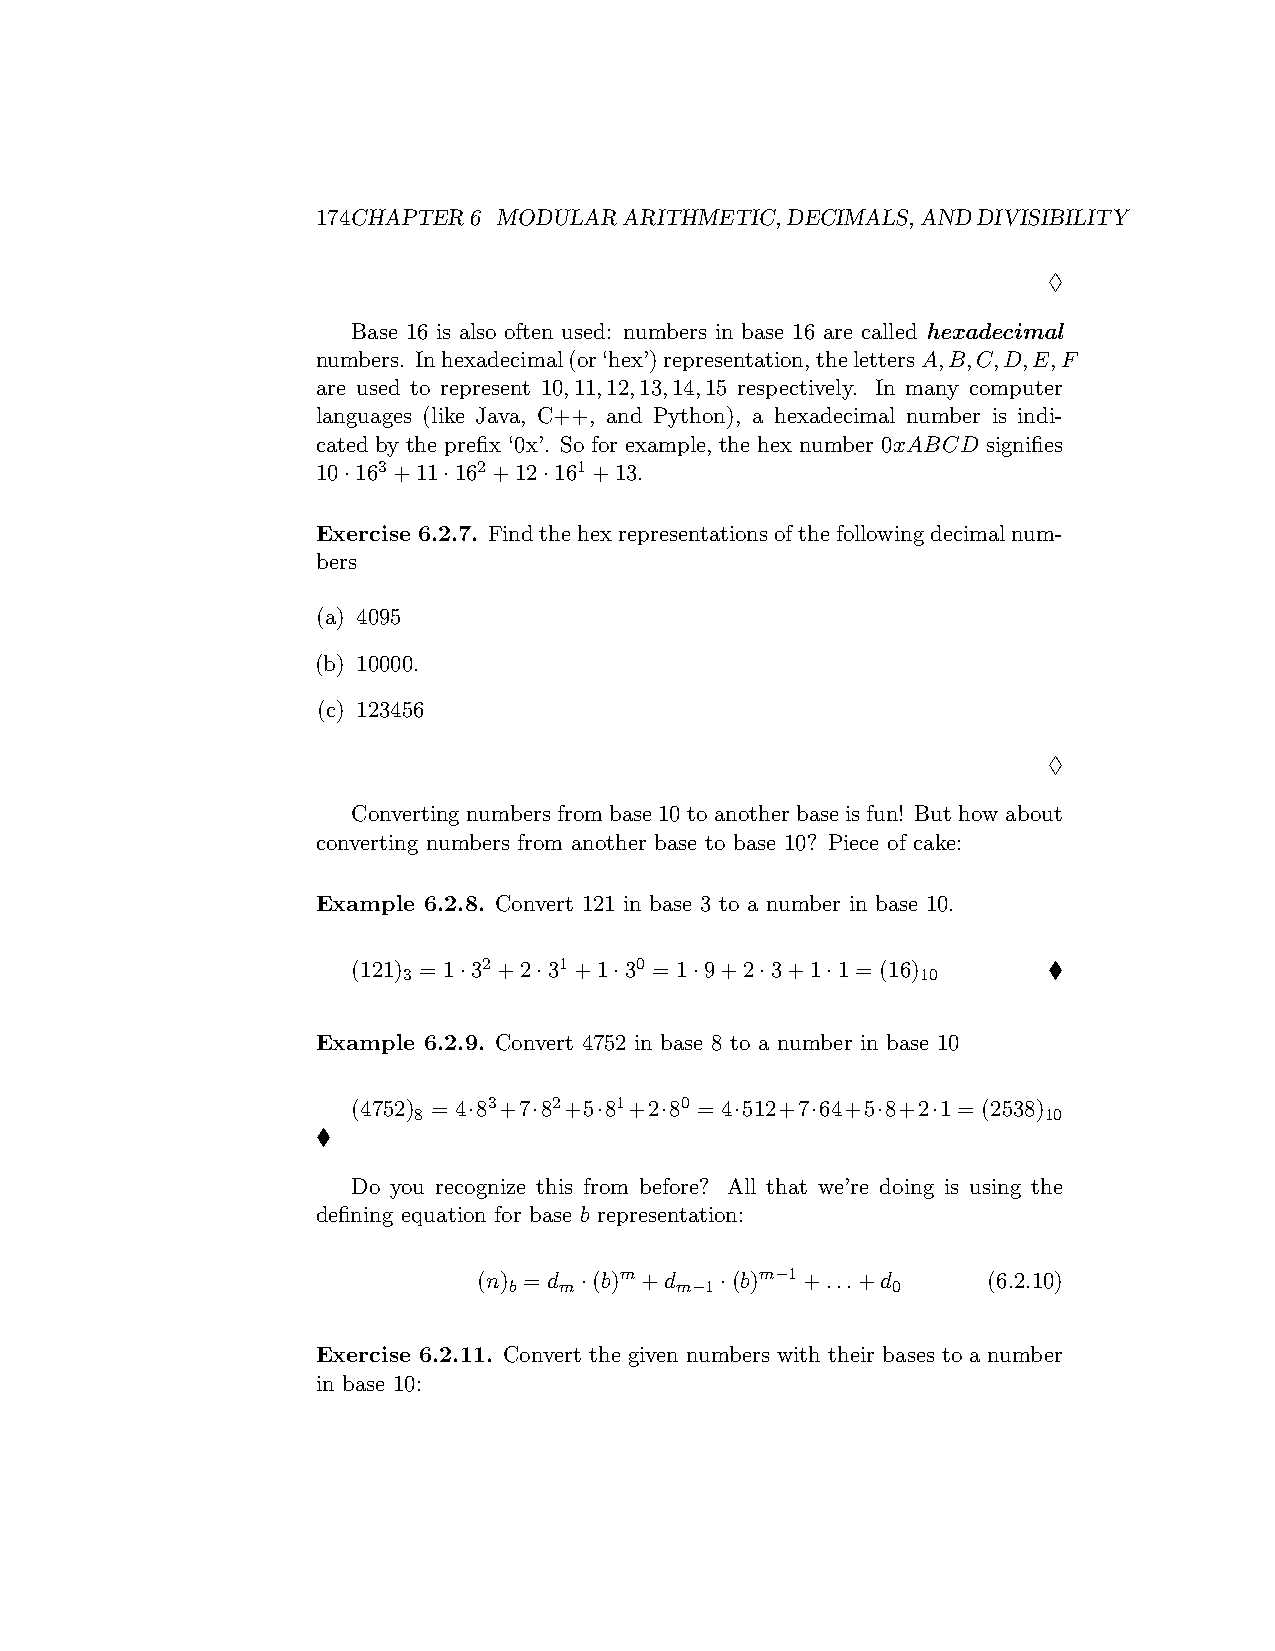
174CHAPTER6 MODULARARITHMETIC,DECIMALS,ANDDIVISIBILITY
 ♢
 Base 16 is also often used: numbers in base 16 are called hexadecimal
 numbers. Inhexadecimal(or‘hex’)representation,thelettersA,B,C,D,E,F
 are used to represent 10,11,12,13,14,15 respectively. In many computer
 languages (like Java, C++, and Python), a hexadecimal number is indi-
 cated by the prefix ‘0x’. So for example, the hex number 0xABCD signifies
 10·163+11·162+12·161+13.
 Exercise 6.2.7. Findthehexrepresentationsofthefollowingdecimalnum-
 bers
 (a) 4095
 (b) 10000.
 (c) 123456
 ♢
 Converting numbers from base 10 to another base is fun! But how about
 converting numbers from another base to base 10? Piece of cake:
 Example 6.2.8. Convert 121 in base 3 to a number in base 10.
 (121) = 1·32+2·31+1·30 = 1·9+2·3+1·1 = (16)   ♦
 3                                 10
 Example 6.2.9. Convert 4752 in base 8 to a number in base 10
 (4752) = 4·83+7·82+5·81+2·80 = 4·512+7·64+5·8+2·1 = (2538)
 8                                         10
 ♦
 Do you recognize this from before? All that we’re doing is using the
 defining equation for base b representation:
 (n) = d ·(b)m+d ·(b)m−1+...+d    (6.2.10)
 b  m       m−1           0
 Exercise 6.2.11. Convert the given numbers with their bases to a number
 in base 10: